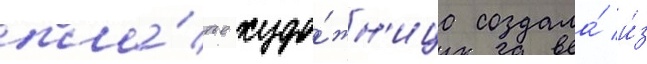
пла́тье худо́жн'ица создала́ и́з